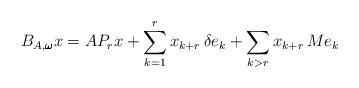
LaTeX: \begin{align*}B_{A,\pmb{\omega} }x=AP_{r}x+\sum_{k=1}^{r}x_{k+r}\,\delta e_{k}+\sum_{k>r}x_{k+r}\,Me_{k}\end{align*}